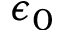
\epsilon _ { 0 }